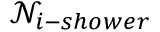
\mathcal { N } _ { i - s h o w e r }